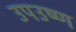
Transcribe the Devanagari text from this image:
उपउष्ण